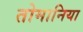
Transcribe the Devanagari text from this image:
तोमानिया